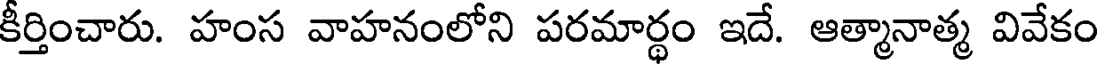
కీర్తించారు. హంస వాహనంలోని పరమార్థం ఇదే. ఆత్మానాత్మ వివేకం